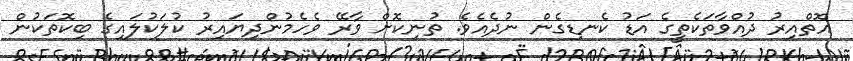
އޮތްއިރު ދުއްވާތަކެތީގެ އަޑު ކެނޑިގެން ނުދެއެވެ. ތުނިކޮށް ވާރޭ ވެހެމުންދިޔައިރު ކުލަކުލައިގެ ބިކޮތަކުން